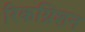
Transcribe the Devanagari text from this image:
रिकग्निशन